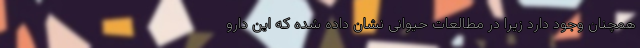
همچنان وجود دارد زیرا در مطالعات حیوانی نشان داده شده که این دارو